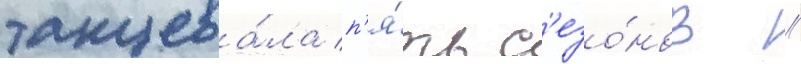
танцева́ла п'я́ть с'езо́нов //